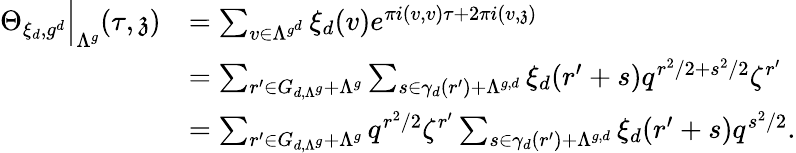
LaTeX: \begin{array}{rl}{\Theta_{\xi_{d},g^{d}}\Big|_{\Lambda^{g}}(\tau,\mathfrak{z})}&{=\sum_{v\in\Lambda^{g^{d}}}\xi_{d}(v)e^{\pi i(v,v)\tau+2\pi i(v,\mathfrak{z})}}\\ &{=\sum_{r^{\prime}\in G_{d,\Lambda^{g}}+\Lambda^{g}}\sum_{s\in\gamma_{d}(r^{\prime})+\Lambda^{g,d}}\xi_{d}(r^{\prime}+s)q^{r^{2}/2+s^{2}/2}\zeta^{r^{\prime}}}\\ &{=\sum_{r^{\prime}\in G_{d,\Lambda^{g}}+\Lambda^{g}}q^{r^{2}/2}\zeta^{r^{\prime}}\sum_{s\in\gamma_{d}(r^{\prime})+\Lambda^{g,d}}\xi_{d}(r^{\prime}+s)q^{s^{2}/2}.}\end{array}